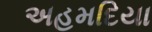
અહમદિયા